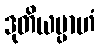
ဒုတိယမ္ပာဟံ